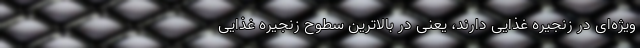
ویژه‌ای در زنجیره غذایی دارند، یعنی در بالاترین سطوح زنجیره غذایی